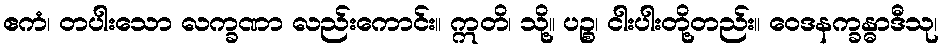
ဧကံ၊ တပါးသော လက္ခဏာ လည်းကောင်း။ ဣတိ၊ သို့။ ပဉ္စ၊ ငါးပါးတို့တည်း။ ဝေဒနက္ခန္ဓာဒီသု၊